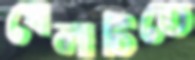
খেলাটিতে